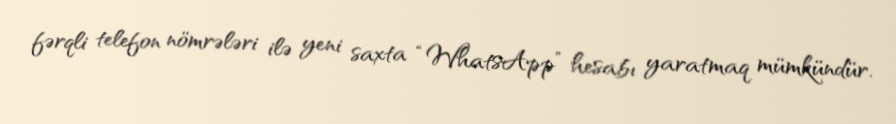
fərqli telefon nömrələri ilə yeni saxta “WhatsApp” hesabı yaratmaq mümkündür.